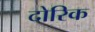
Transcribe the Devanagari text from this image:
दोरिक